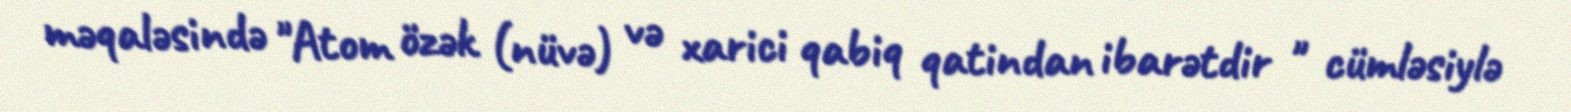
məqaləsində "Atom özək (nüvə) və xarici qabiq qatindan ibarətdir " cümləsiylə